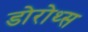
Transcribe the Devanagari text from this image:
डोरोथ्स